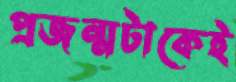
প্রজন্মটাকেই